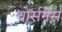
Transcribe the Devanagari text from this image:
थोर्सनेस